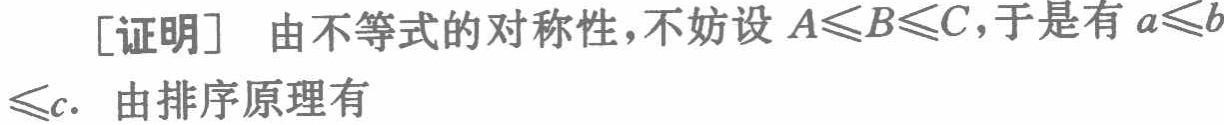
[证明] 由不等式的对称性，不妨设 \(A\leqslant B\leqslant C\)，于是有 \(a\leqslant b\)

\(\leqslant c\). 由排序原理有